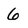
Character: 6